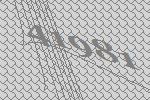
41981